Bréfritari: Jakobína Jónsdóttir
Viðtakandi: Sólveig Jónsdóttir
Dagsetning: A-1868-11-20
Skrifað á: Hólmum  S-Múl.
systir bréfviðtakanda

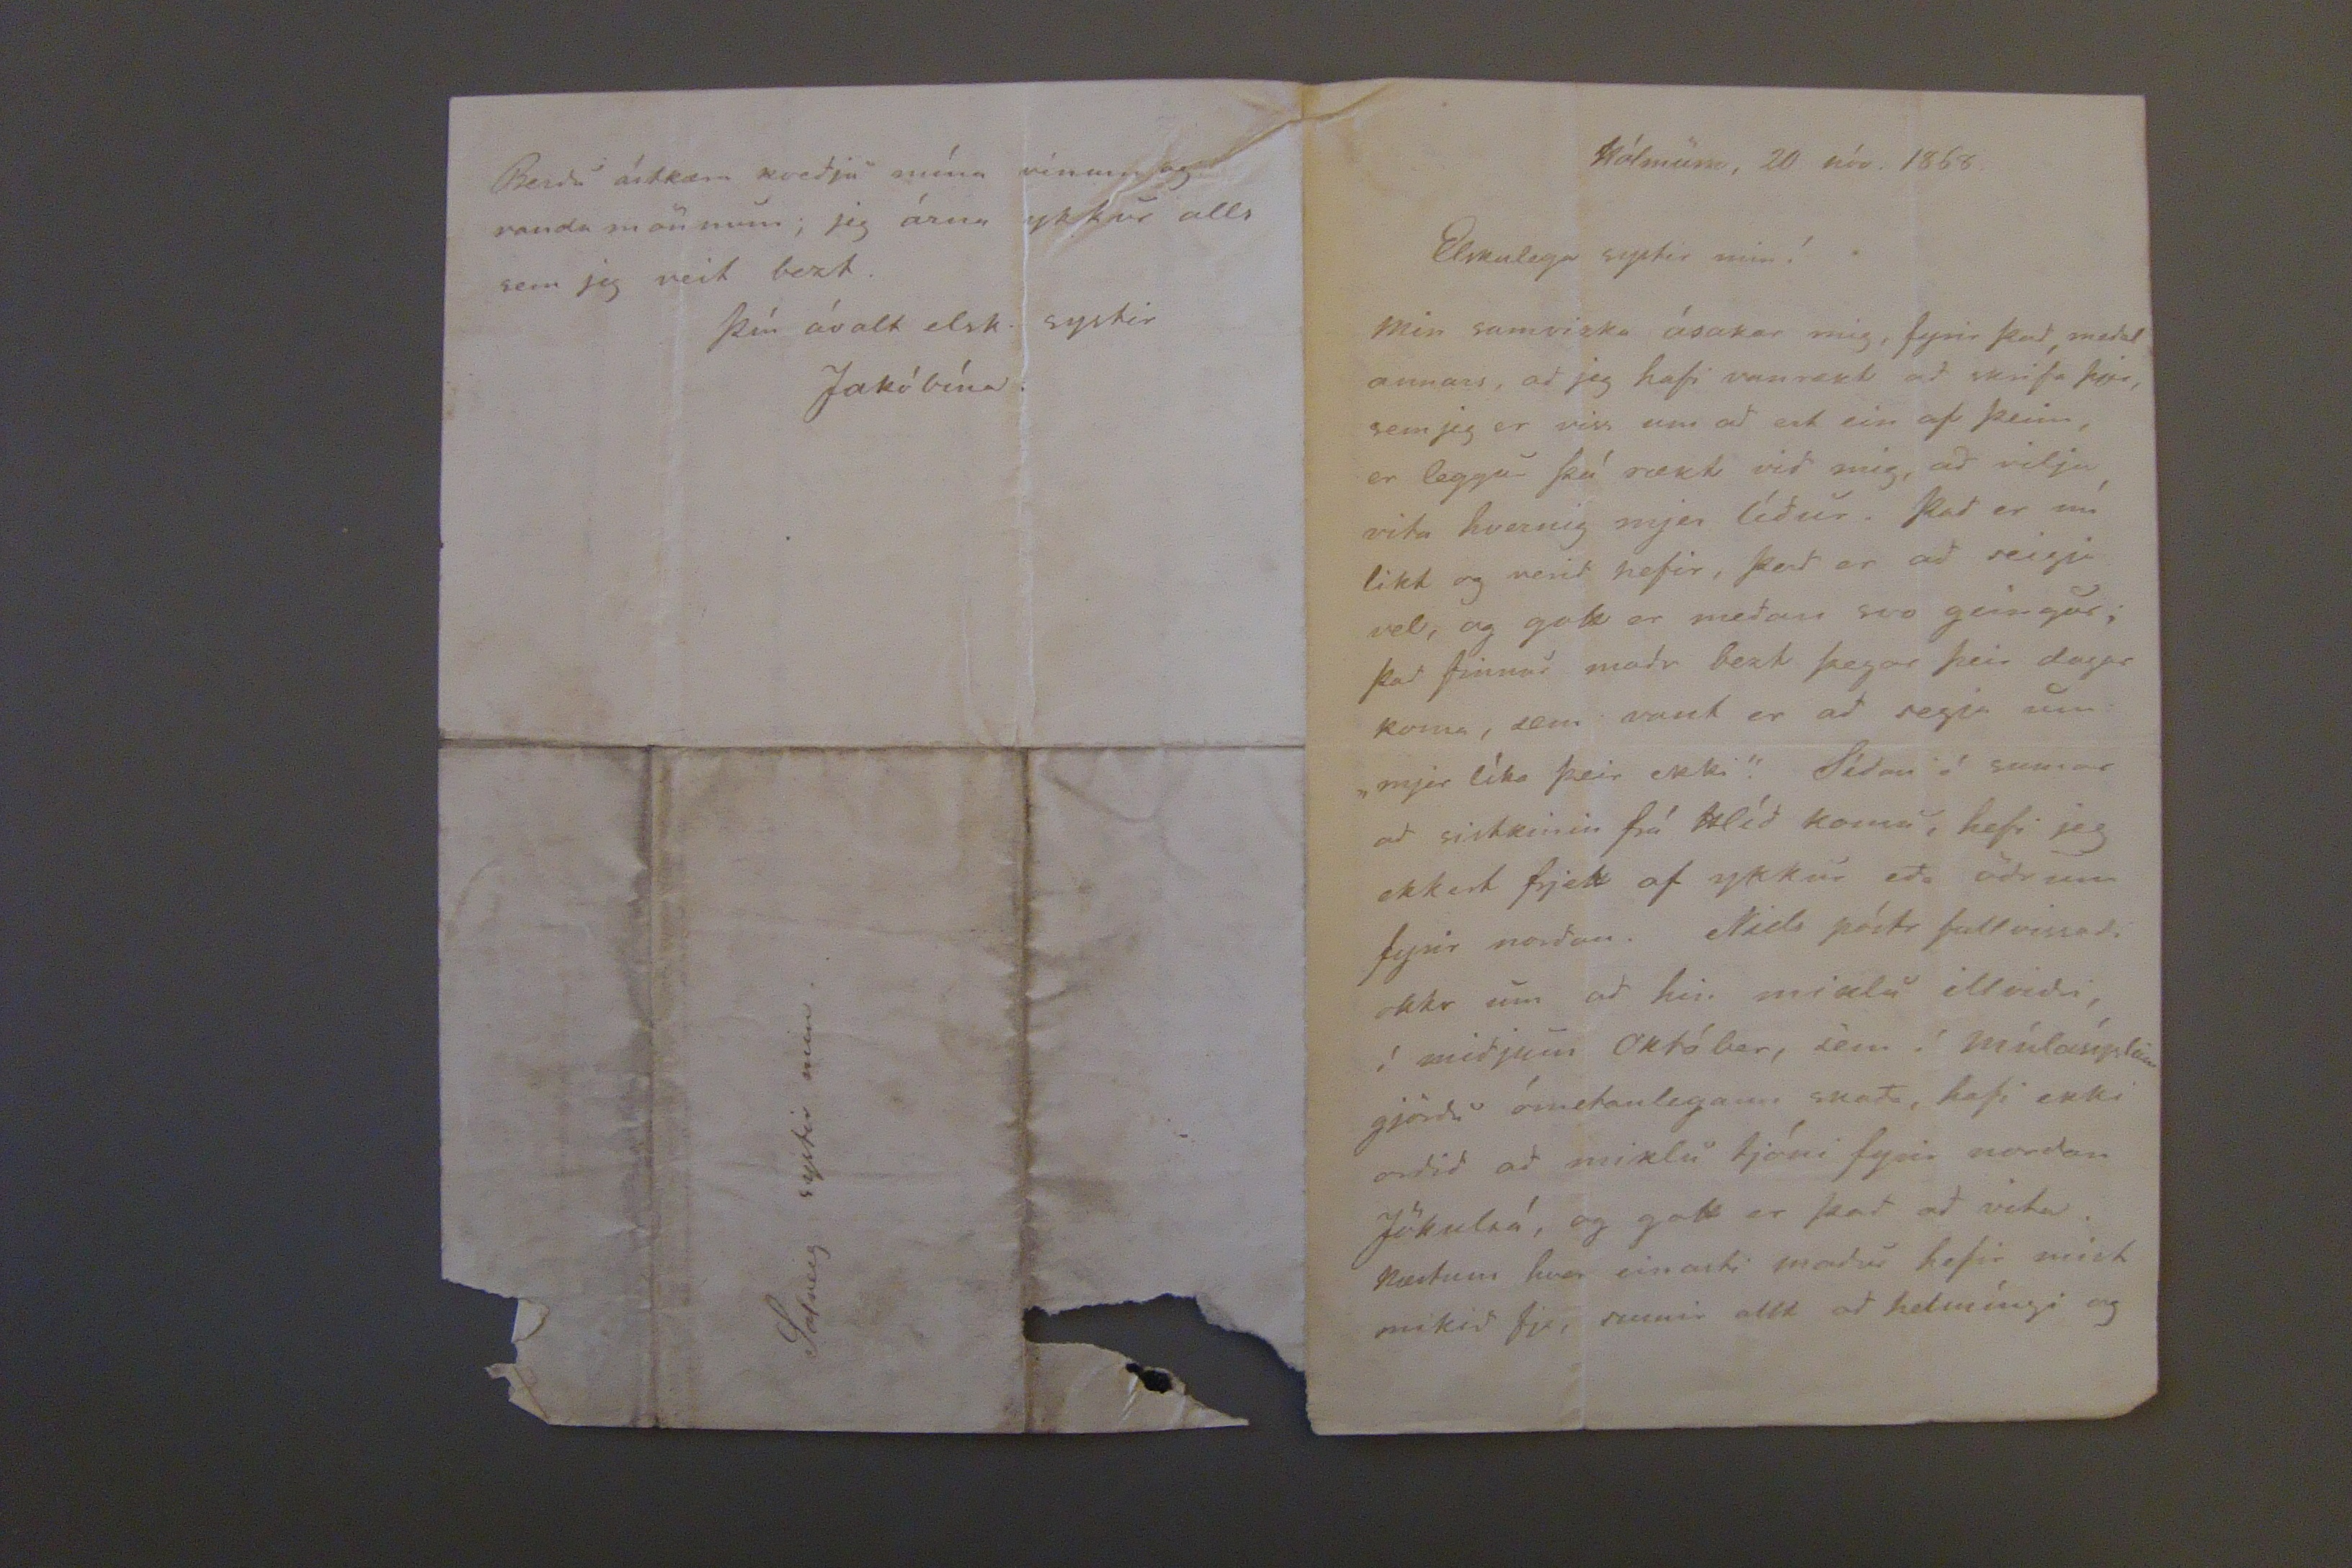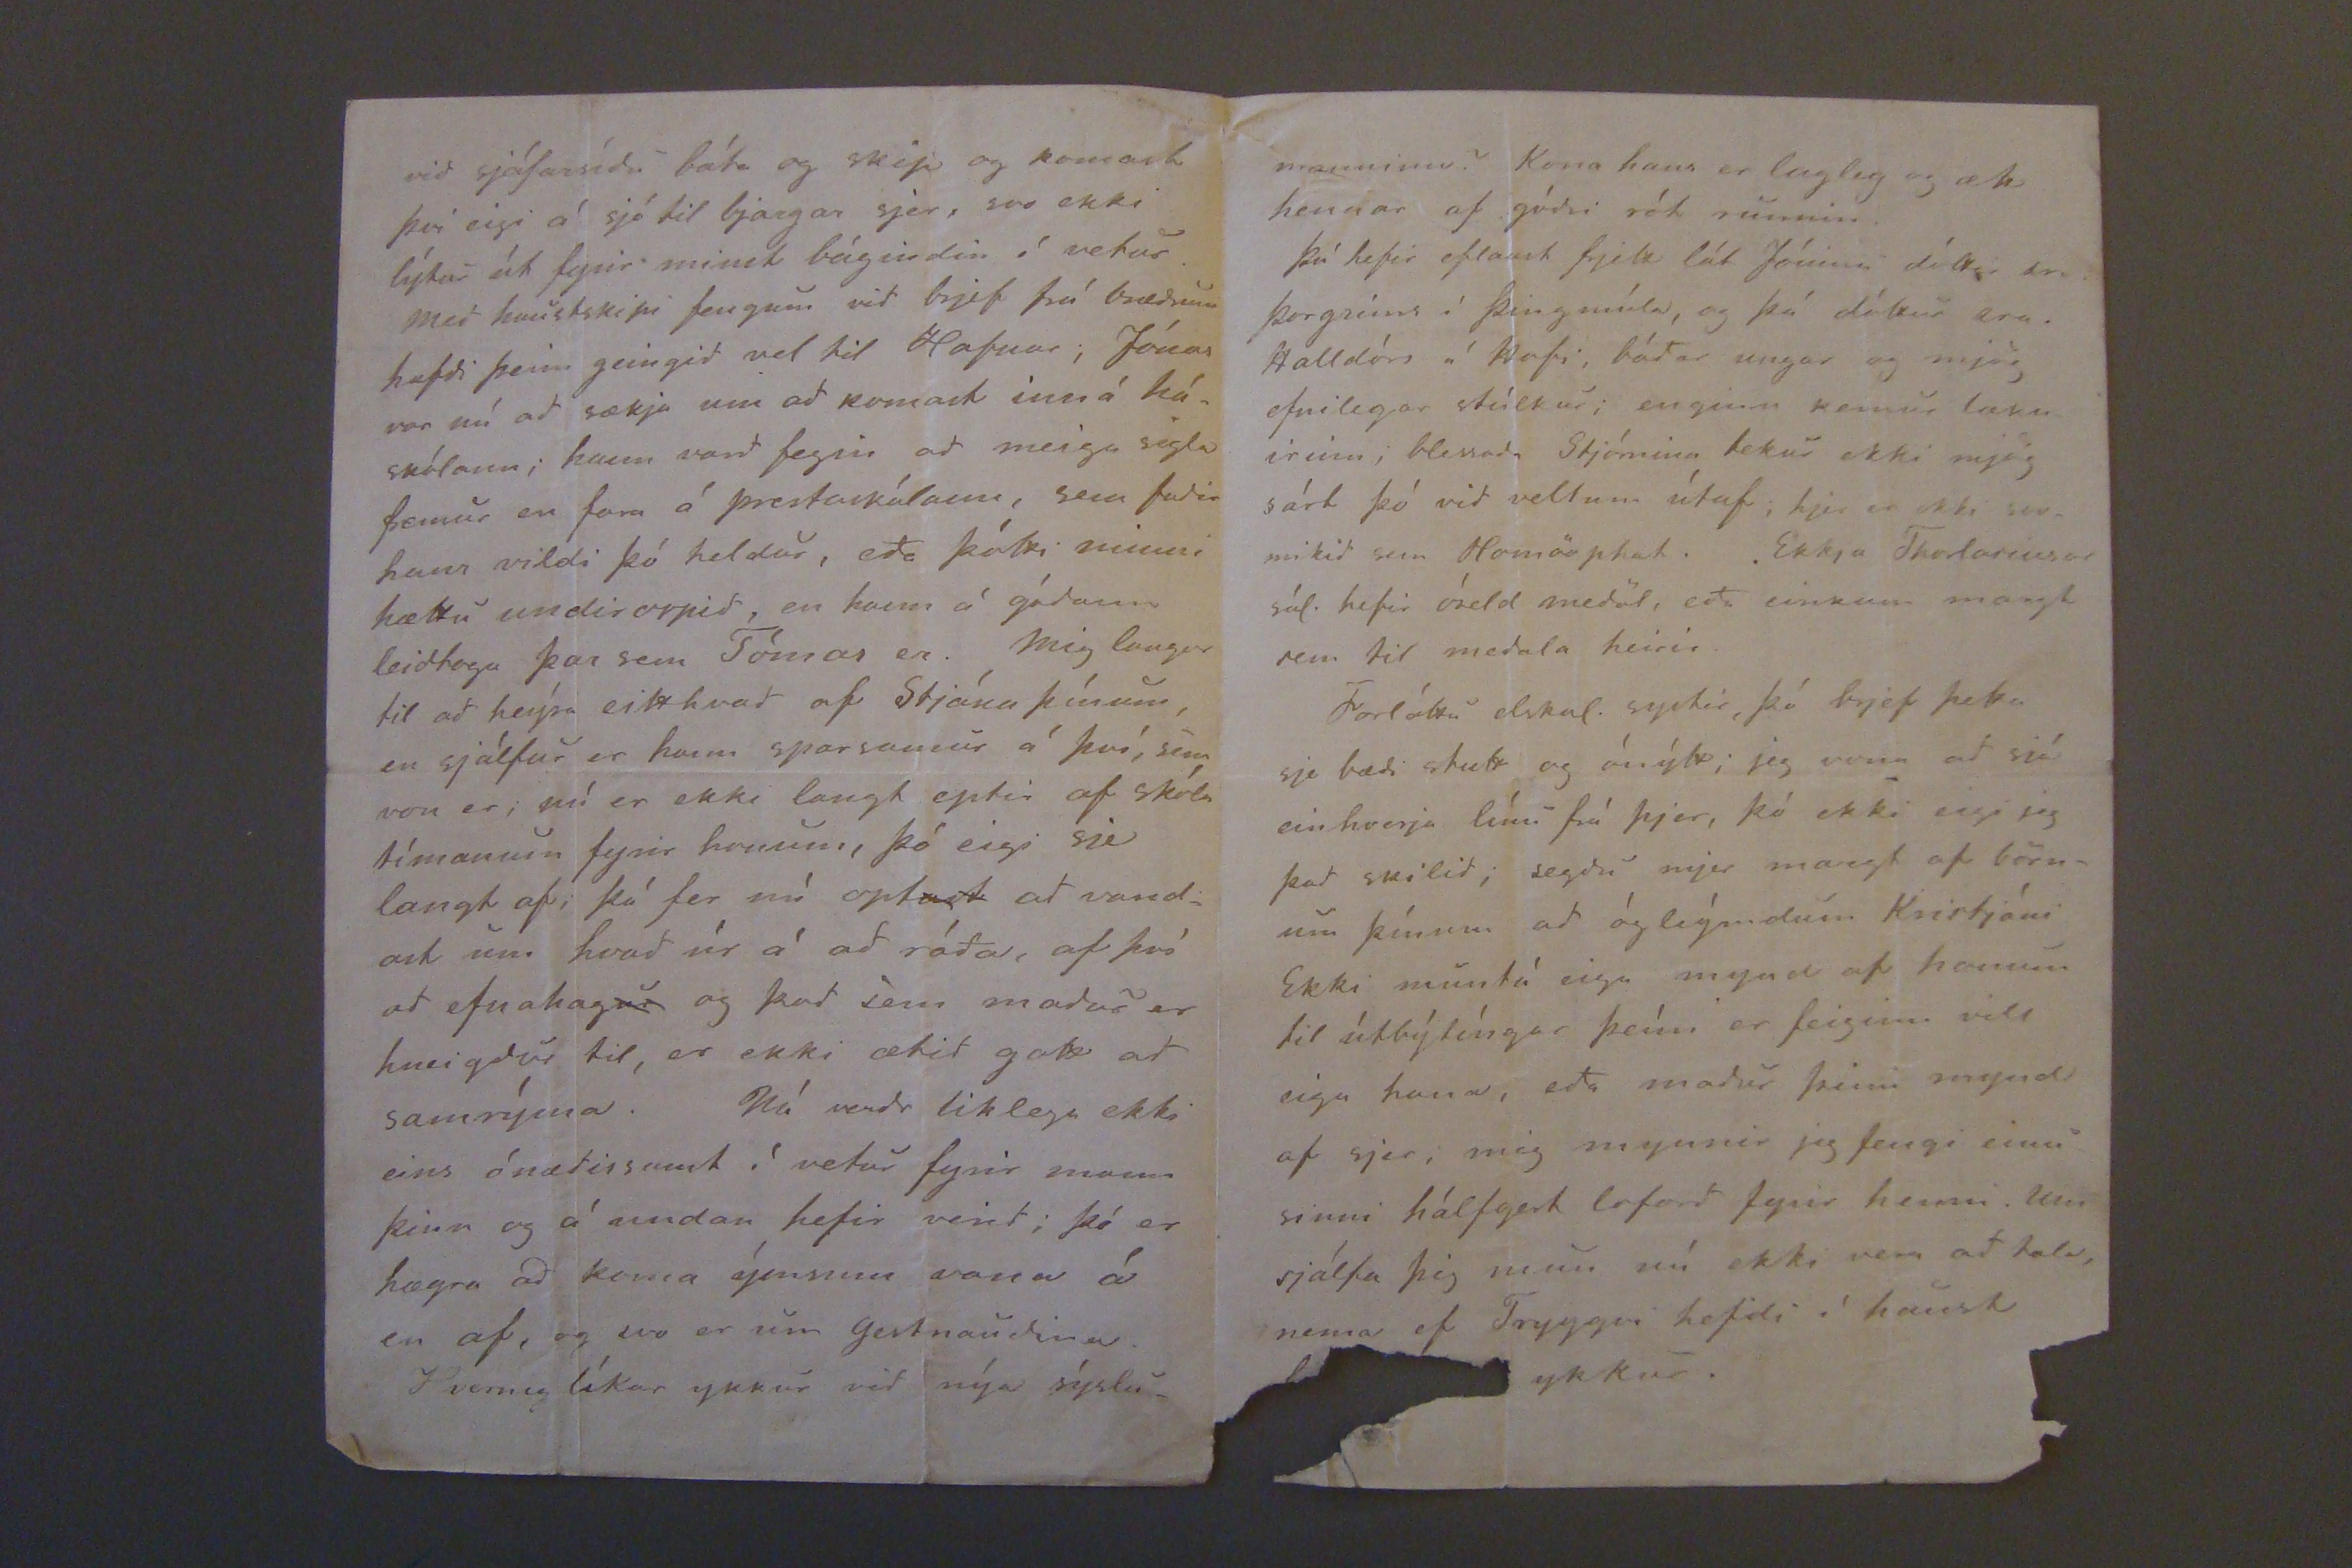

Hólmum, 20 nóv. 1868.
Elskulega systir mín!
Min samviska ásakar mig, fyrir þad, medal annars, ad jeg hafi vanvært ad skrifa þjer, sem jeg er viss um ad ert ein af þeim, er leggur þó rækt vid mig, ad vilja vita hvernig mjer lídur. Þad er nú líkt og verid hefir, þad er ad seigja vel, og gott er medan svo geingur; þad finnur madr bezt þegar þeir dagar koma, sem vant er ad segja um "mjer líka þeir ekki." Sídan í sumar ad sistkinin frá Hlíd komu, hefi jeg ekkert frjett af ykkur eda ödrum fyrir nordan. Niels póstr fullvissadi okkr um ad hin miklu illvidri, í midjum Október, sem í Múlasýslunni gjördu ómetanlegann skada, hafi ekki ordid ad miklu tjóni fyrir nordan Jökulsá, og gott er þad ad vita. Næstum hver einasti madur hefir mist mikid fje, sumir allt ad helmíngi og
vid sjáfarsídu báta og skip og komast þvi eigi á sjó til bjargar sjer, svo ekki lýtur út fyrir minst bágindin í vetur.
Med haustskipi fengum vid brjef frá brædnum hafdi þeim geingid vel til Hafnar; Jónas var nú ad sækja um ad komast inn á háskólann; hann vard fegin ad meiga sigla fremur en fara á prestarskólann, sem fadir hans vildi þó heldur, eda þótti minni hættu undirorpid, en hann á gódann leidtoga þar sem Tómas er. Mig langar til ad heíra eitthvad af Stjána þínum, en sjálfur er hann sparsamur á því, sem von er; nú er ekki langt eptir af skóla tímanum fyrir honum, optast ad vandast um hvad úr á ad ráda, af því ad efnahagur og þad sem madur er hneigdur til, er ekki ætid gott ad samrýma. Nú verdr liklega ekki eis ónædissamt í vetur fyrir mann þinn og á undan hefir verd; þó er hægra ad koma ýmsum sona á en af, og svo er um gestnaudina. Hvernig líkar ykkur vid nýa sýslu-
Berdu ástkæra kvedju mína vinum og vanda mönnum; jeg óska ykkur alls sem jeg veit bezt.
Þín ávalt elsk. systir
Jakóbína.
Solveg systir min.
manninn? Kona hans er lagleg og ali hennar af gódri rót runnin.
Þú hefir eflaust frjett lát Jóninu dóttir sr Þorgríms í þingmúla, og þá dóttur eru Halldórs á Hofi, bádar ungar og mjög efnilgar stúlkur; enginn kemur læknirinn, blessada Stjórnina tekur ekki mjög sárt þó vid vellum útaf; hjer er ekki svvo mikid sem Homörphat. Ekkja Thorlasiusar sál. hefir óseld medöl, eda einkum margt sem til medala heirir.
Forláttu elskul. systir, þó brjef þetta sje bædi stutt og ónýtt; jeg vona ad sjá einhverja línu frá þjer, þó ekki eigi jeg þad skilid, segdu mjer margt af börnum þínum ad ógleýmdum Kristjáni Ekki muntu eiga mynd af honum til útbýtíngar þeím er feiginn vill eiga hana, eda madur þinn mynd af sjer, mig mynnir jeg fengi einu sinni hálfgert loforð fyrir henni. Um sjálfa þig mun nú ekki vera að tala, nema ef Tryggvi hefd í haust
ykkur.